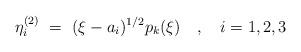
LaTeX: \begin{align*}\eta^{(2)}_i \ =\ (\xi - a_i)^{1/2} p_k(\xi)\quad, \quad i =1,2,3\end{align*}